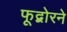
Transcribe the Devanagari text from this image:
फूद्बोरने